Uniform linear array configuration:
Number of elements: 8
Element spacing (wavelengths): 0.5
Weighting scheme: kaiser
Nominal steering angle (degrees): -45
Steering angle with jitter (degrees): -43.754
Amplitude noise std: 0.05
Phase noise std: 0.05

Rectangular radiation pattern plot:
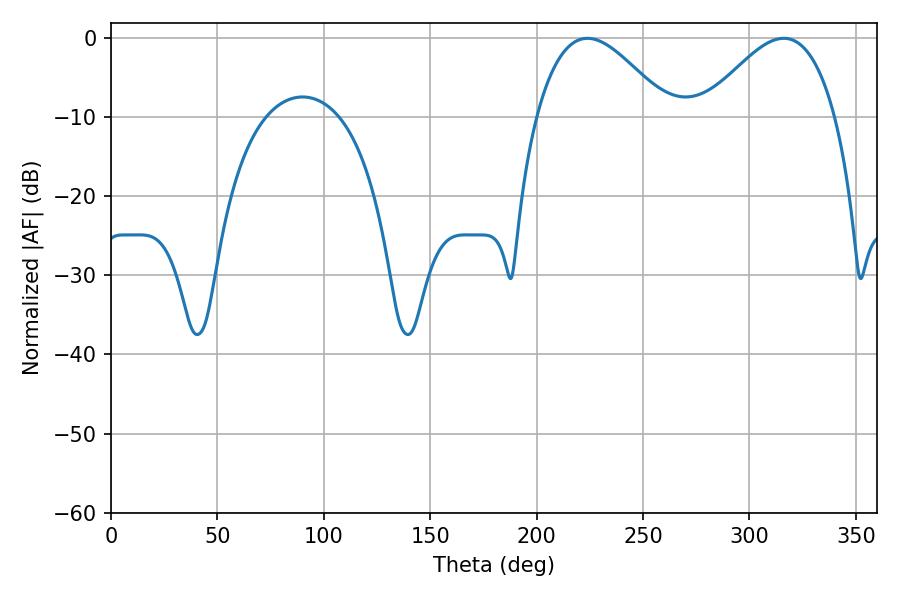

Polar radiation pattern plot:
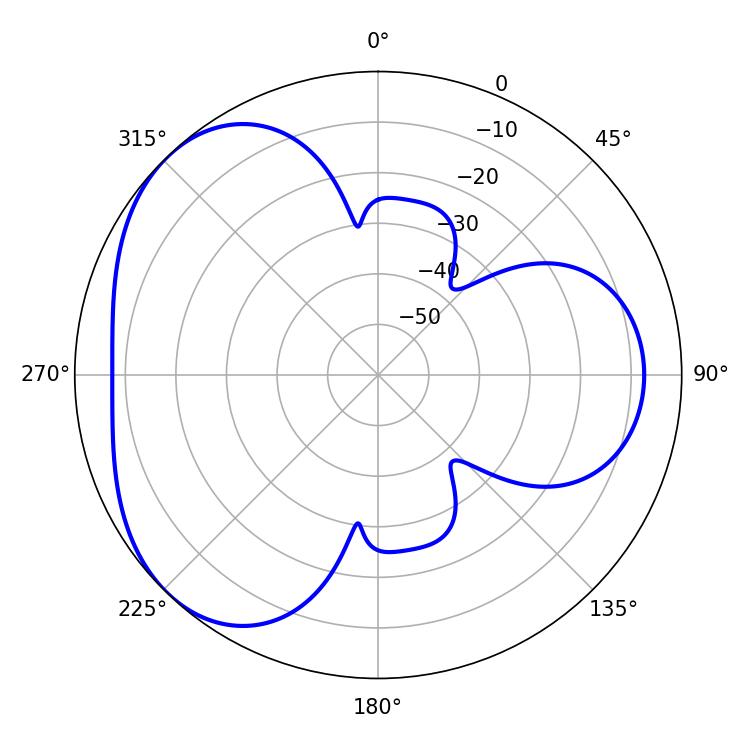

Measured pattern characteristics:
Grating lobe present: FALSE
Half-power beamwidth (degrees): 33.48
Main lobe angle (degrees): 223.92